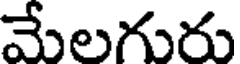
మేలగురు